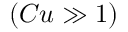
( C u \gg 1 )